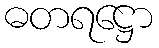
ဓတရဋ္ဌော